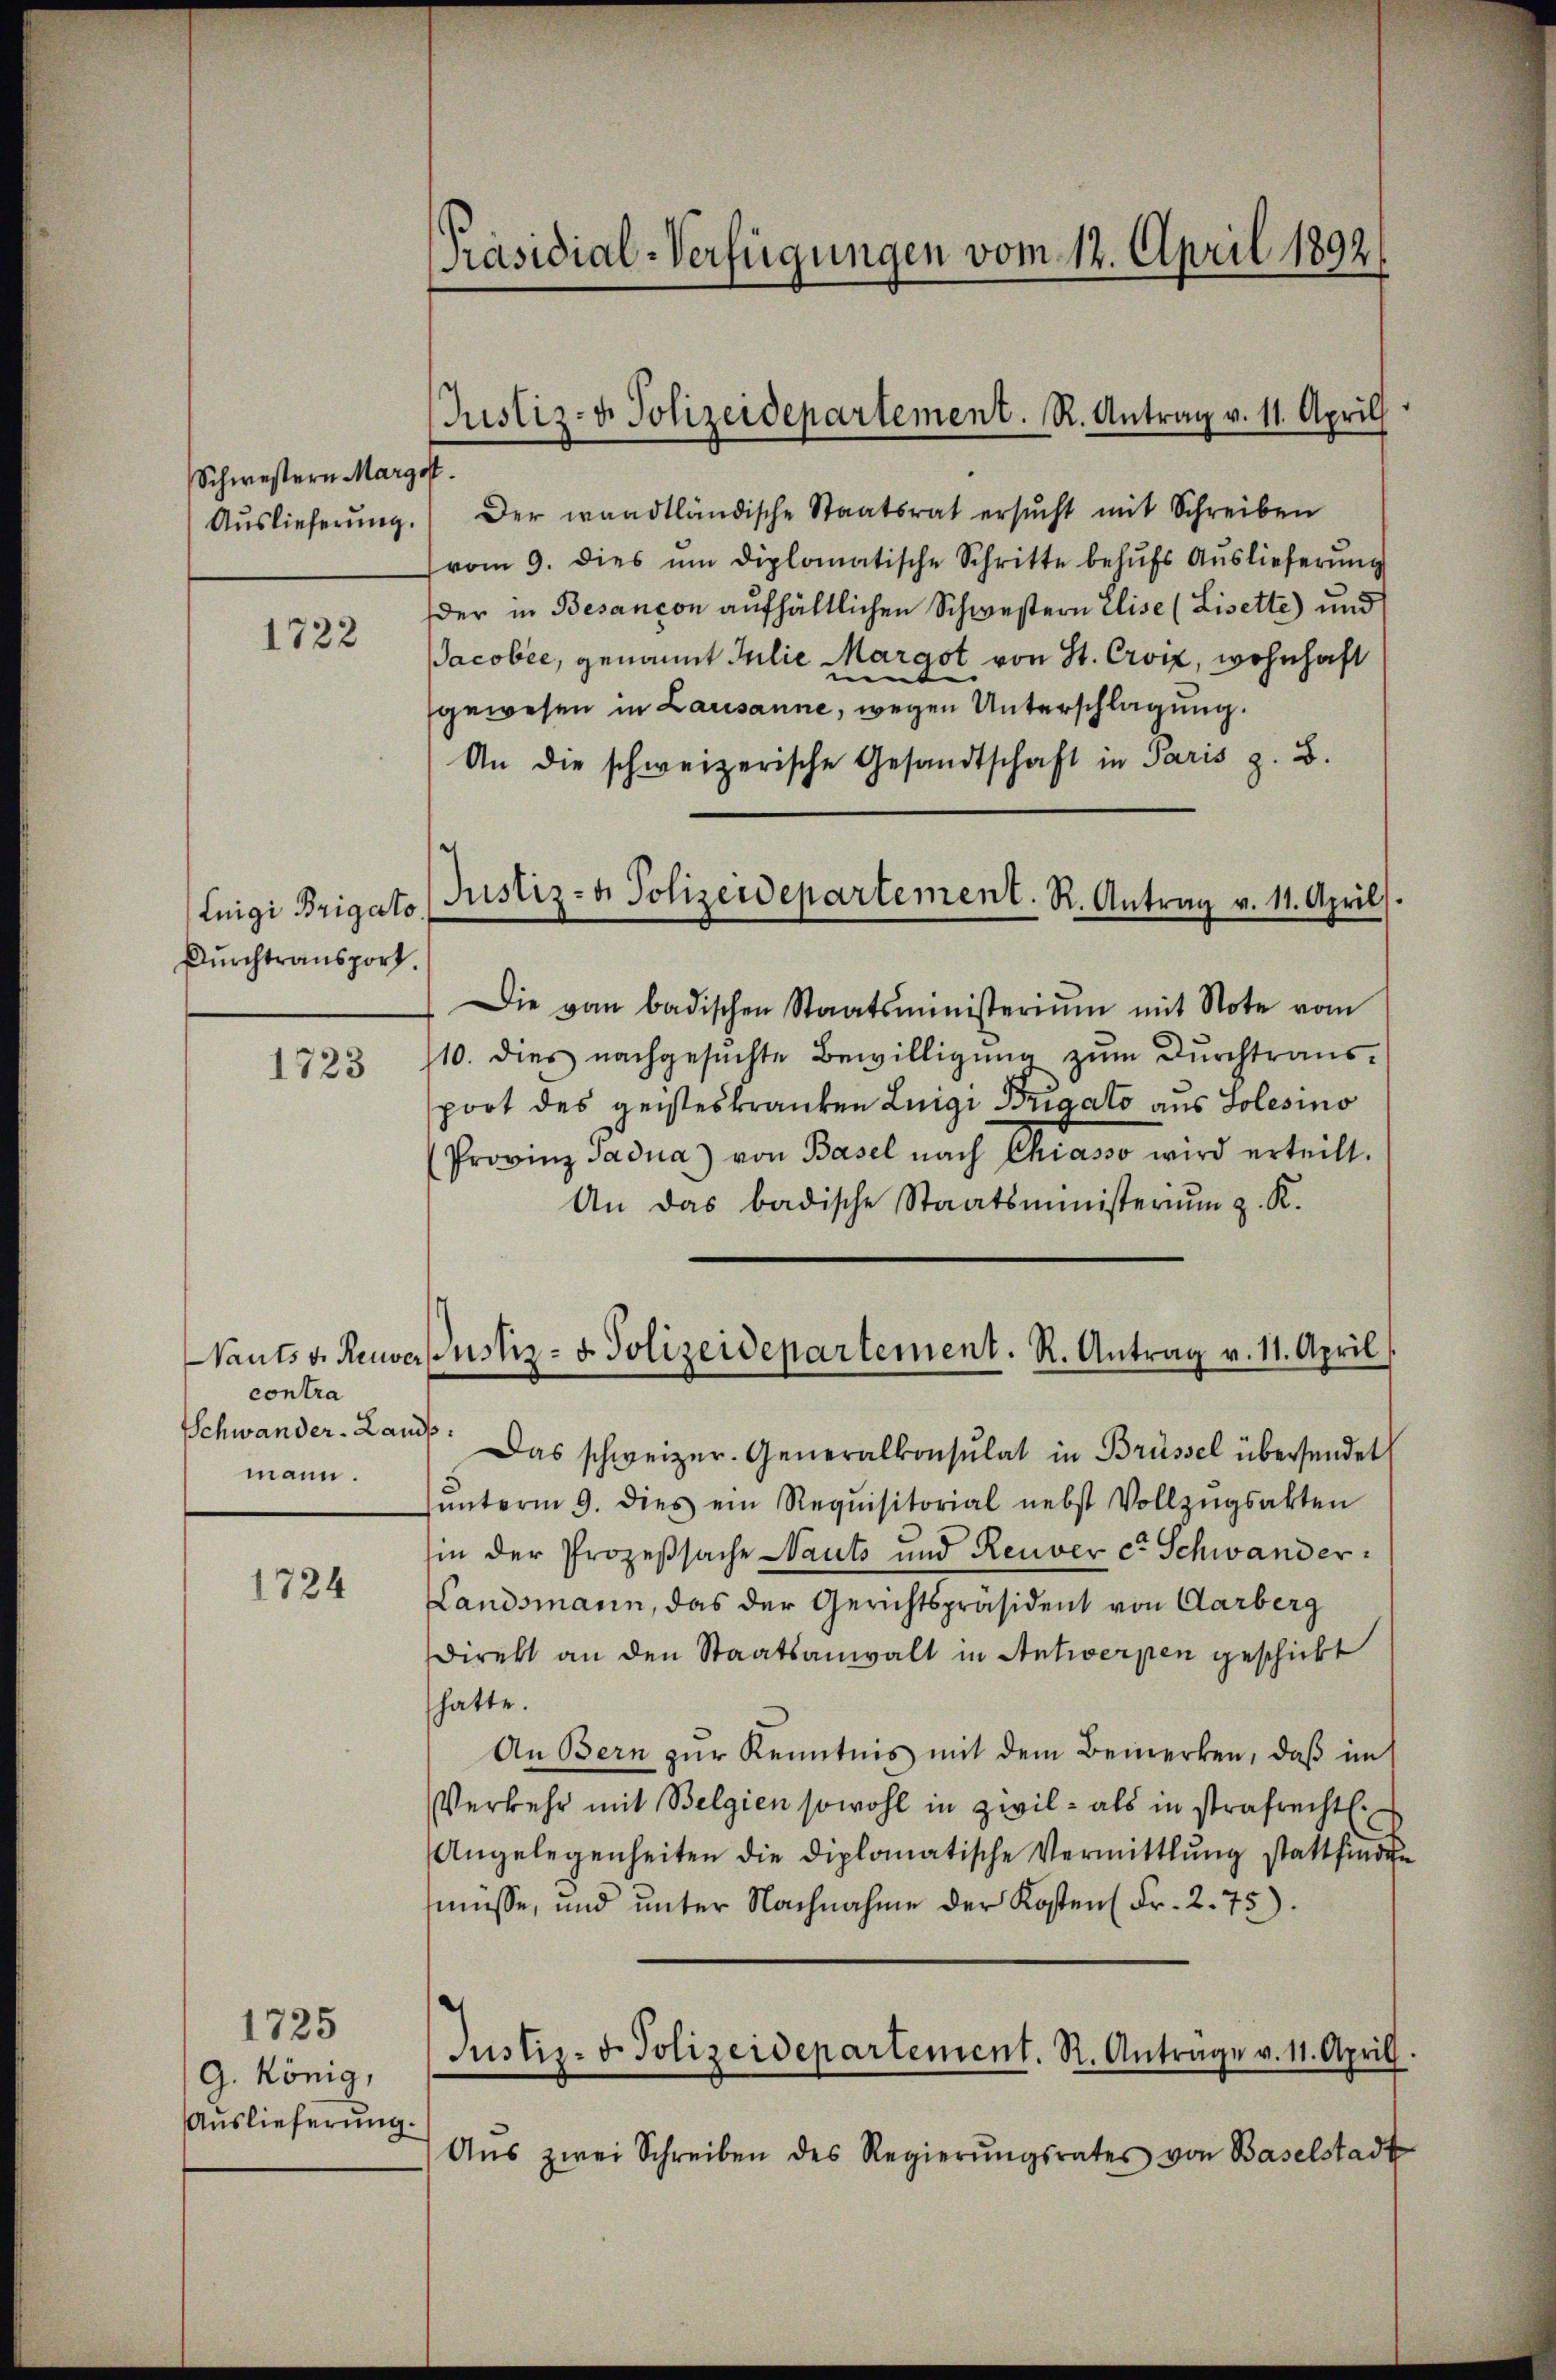
Schwestern Margot
Auslieferung.

1722

Luigi Brigato
Durchtransport.

1723

Nauts v. Reuver
contra
Schwander-Land
mann.

1724

1725
G. König,
Auslieferung

[Präsidial-Verfügungen vom 12. April 1892,

Der waadtländische Staatsrat ersŭcht mit Schreiben
vom 9. dies um diplomatische Schritte behŭfs Auslieferŭng
der in Besançon aufhältlichen Schwestern Elise (Lisette) und
Jacobee, genannt Julie Margot von St. Croix, wohnhaft
gewesen in Lausanne, wegen Unterschlagung.
An die schweizerische Gesandtschaft in Paris z. B.
Die von badischen Staatsministeriŭm mit Note vom
10. dies nachgesuchte Bewilligung zum Durchtrausport des geisteskranken Luigi Brigato aus Solesino
Provinz Sadua) von Basel nach Chiasso wird erteilt.
An das badische Staatsministeriŭm z. K.
Justiz- u. Polizeidepartement. R. Antrag v. 11. April
.
Das schweizer. Generalkonsulat in Brüssel übersendet
5
ŭnterm 9. dies ein Requisitorial nebst Vollzŭgsakten
hin der Prozeßsache Nauts und Reuver co Schwander¬
Landsmann, das der Gerichtspräsident von Aarberg
direkt an den Staatsanwalt in Antwerpen geschickt
hatte.
An Bern zur Kenntnis mit dem Bemerken, daß im
Verkehr mit Belgien sowohl in Zivil- als in strafrechtl.
Angelegenheiten die diplomatische Vermittlung stattfinden
müsse, und unter Nachnahme der Kosten Fr. 2. 75).
Justiz- & Polizeidepartement. R. Antrage v. 11. April.
Aŭs zwei Schreiben des Regierŭngsrates von Baselstadt

Justiz- & Polizeidepartement. R. Antrag v. 11. April

Justiz- & Polizeidepartement. R. Antrag v. 11. April).